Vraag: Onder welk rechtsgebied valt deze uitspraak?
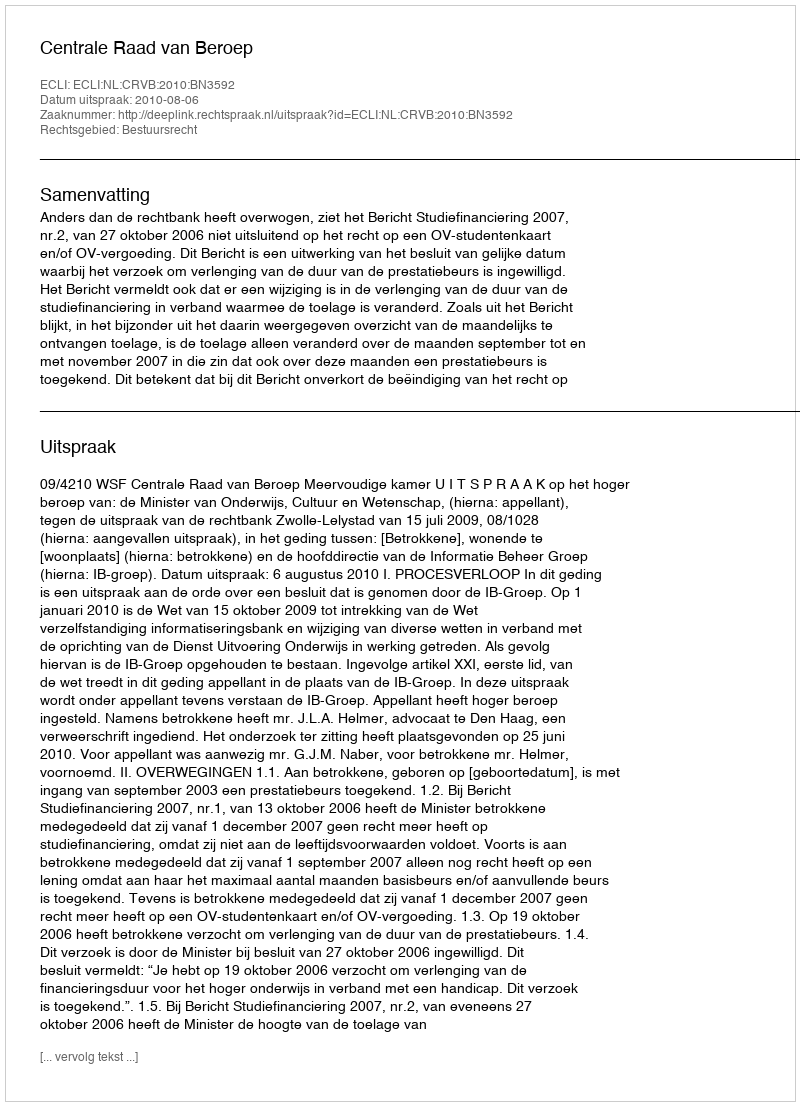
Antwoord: Bestuursrecht